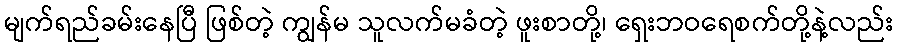
မျက်ရည်ခမ်းနေပြီ ဖြစ်တဲ့ ကျွန်မ သူလက်မခံတဲ့ ဖူးစာတို့၊ ရှေးဘဝရေစက်တို့နဲ့လည်း